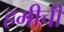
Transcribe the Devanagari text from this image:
हमीची